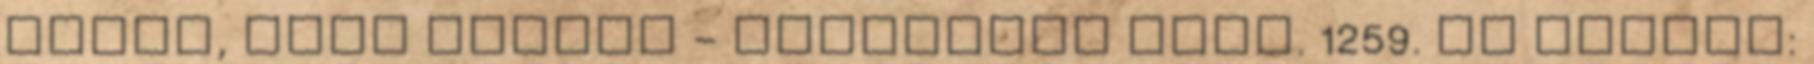
igazi, honi dallam - harmonika szól. 1259. Új szavak: